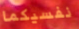
نفسيكما